Bréfritari: Soffía Daníelsdóttir
Viðtakandi: Jakobína Magnúsdóttir og Daníel Halldórsson
Dagsetning: A-1905-03-19
Skrifað á: Skeggjastöðum  N-Múl.
Soffía var dóttir Jakobínu og Daníels

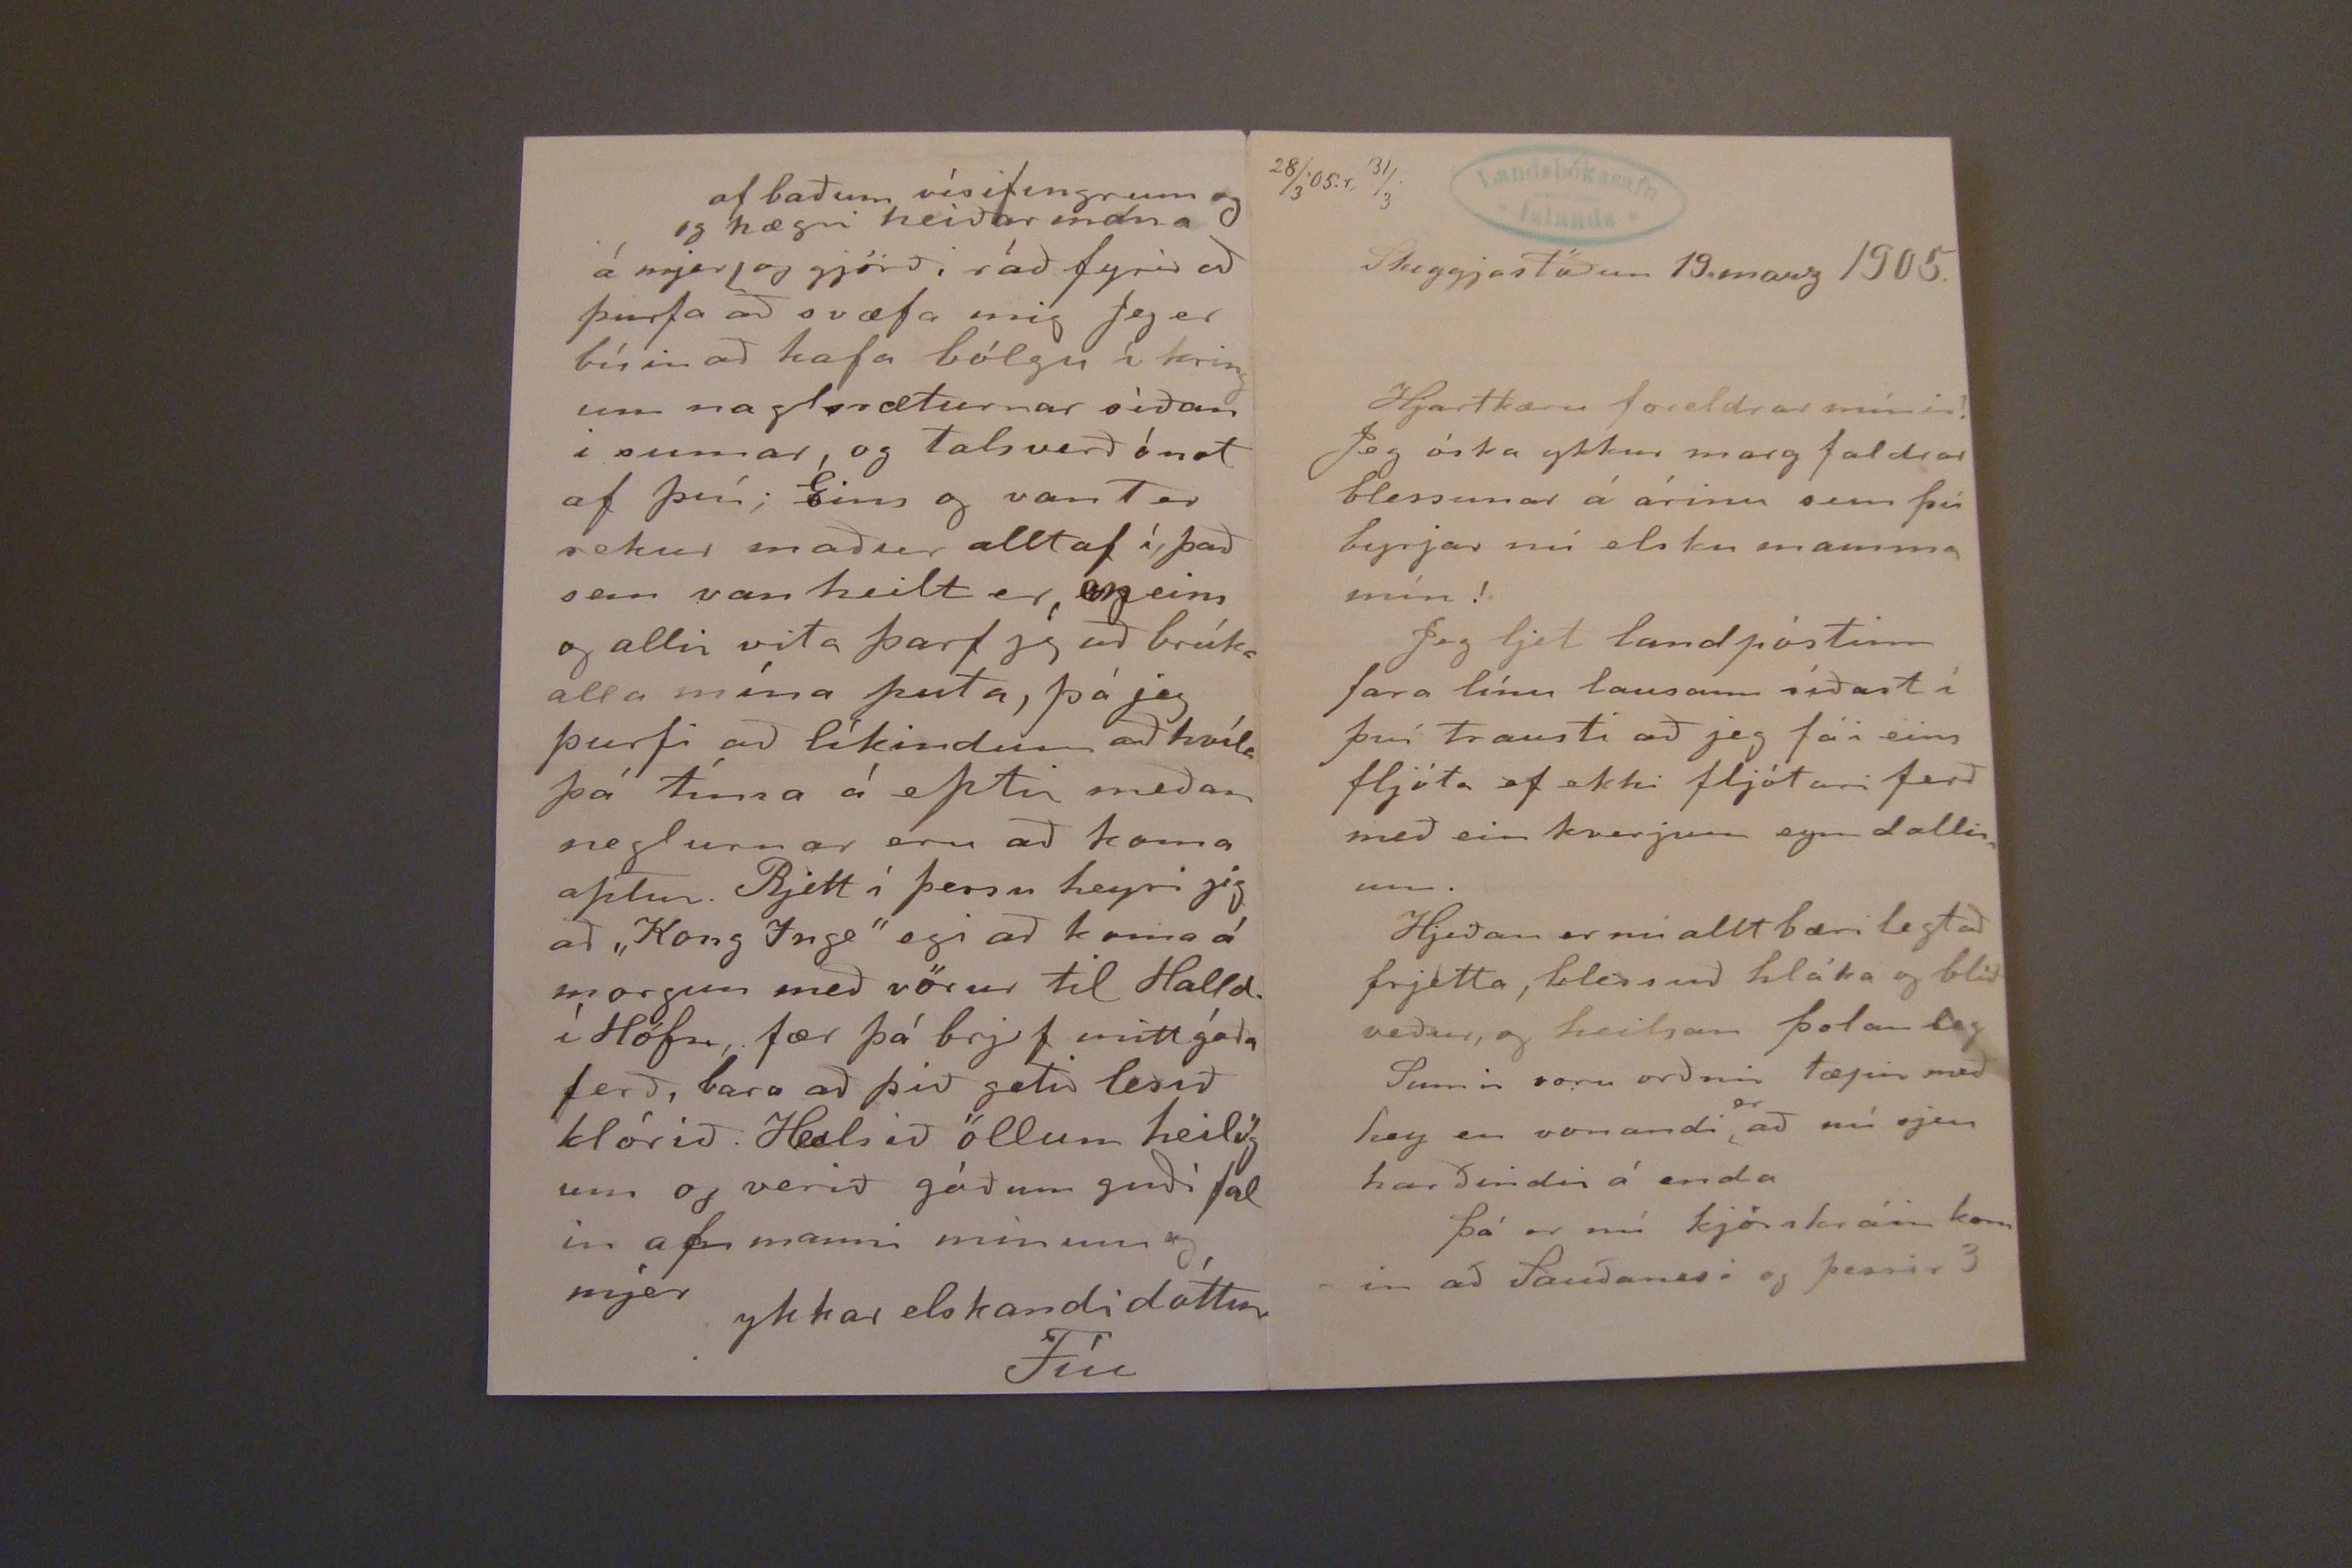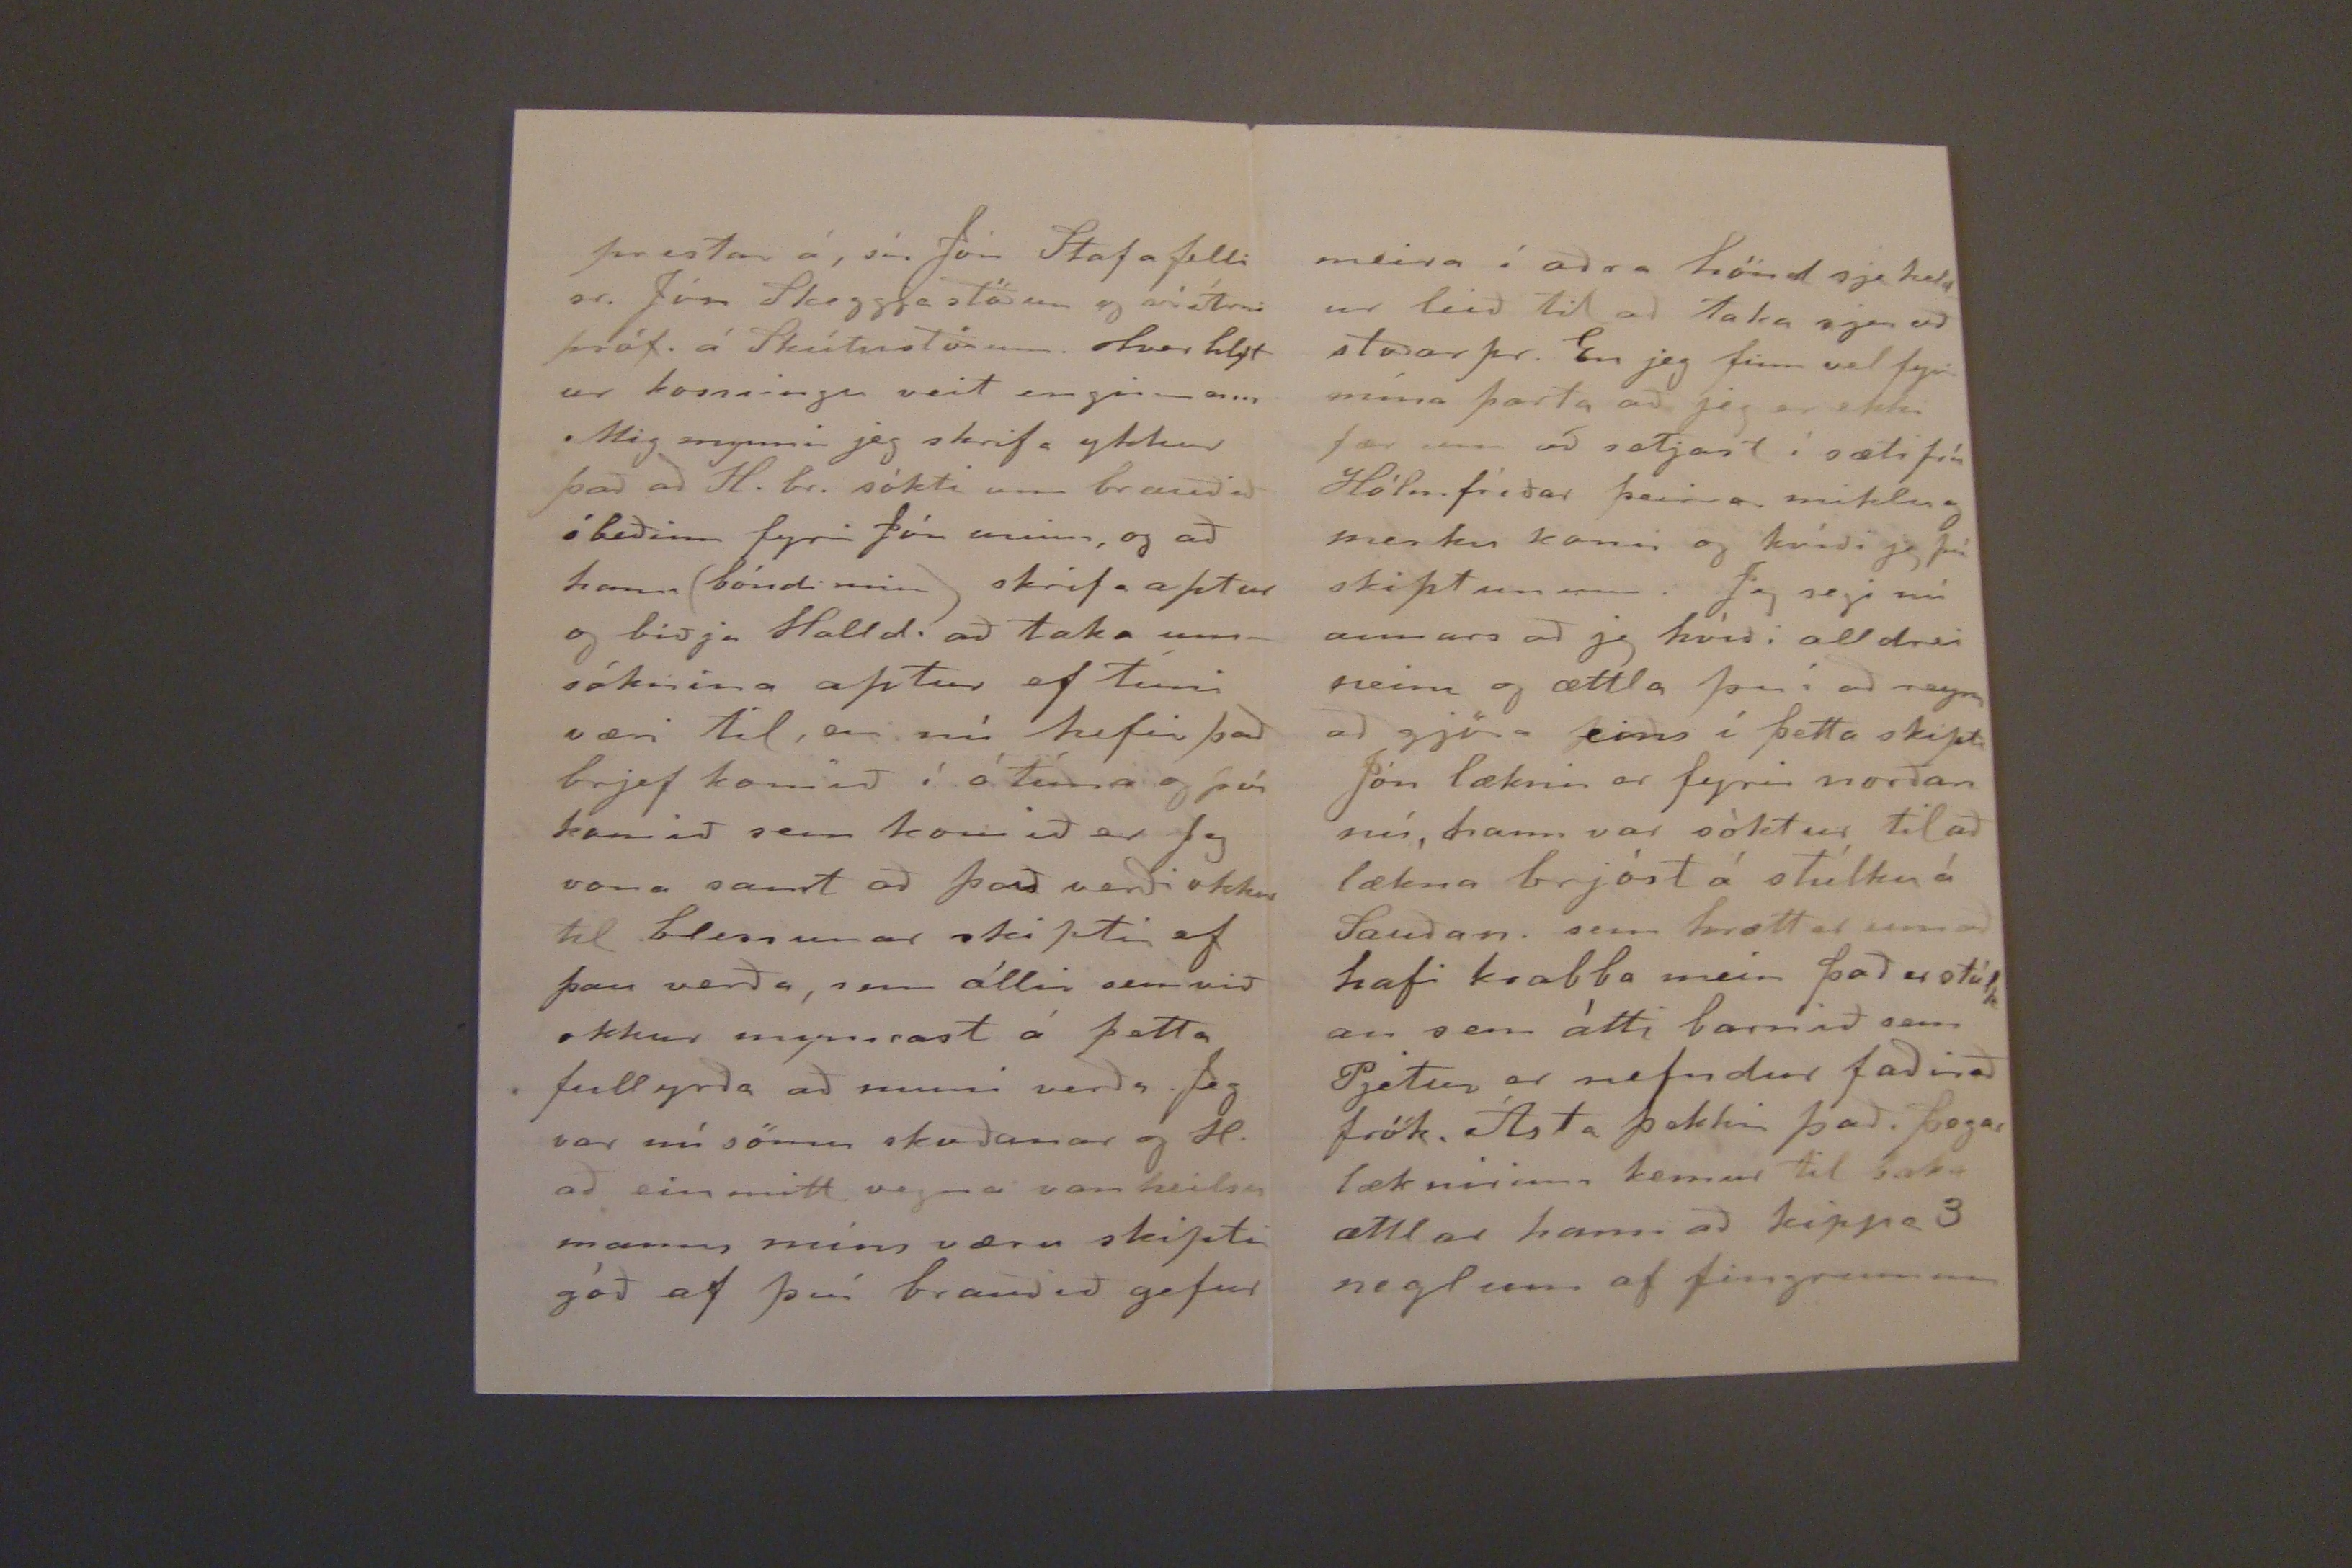

28/3'05.r. 31/3
Skeggjastöðum 19. marz 1905.
Hjartkæru foreldrar mínir!
Jeg óska ykkur marg faldrar blessunar á árinu sem þú byrjar nú elsku mamma mín!
Jeg ljet landpóstinn fara línu lausann síðast í því trausti að jeg fái eins fljóta ef ekki flótari ferð með ein kverjum eym dallinum.
Hjeðan er nú allt bærilegt að frjetta, blessuð hláka og blíð veður, og heilsan þolan leg Sumir voru orðnir tæpir með hey en vonandi
er
að nú sjeu harðindi á enda
þá er nú kjörskárin komin að Sauðanesi og þessir 3
prestar á, sír Jón Stafa felli sr. Jón skeggjastöðum og sír Árni próf. á Skútustöðum. Hver hlýt ur kosningu veit enginn enn Mig mynnir jeg skrifa ykkur það að H. br. sókti um brauðið ó beðinn fyrir Jón minn, og að hann (bóndi minn) skrif aptur og biðja Halld. að taka umsóknina aptur ef tími væri til, en nú hefir það brjef komið í ó tíma og því komið sem komið er Jeg vona samt að það verði okkur til blessunar skipti ef þau verða, sem
állir
sem við okkur mynnast á þetta fyllyrða að muni verða. Jeg var nú sömu skoðanar og H. að einmitt vegna vanheilsu manns mins væru skipti góð af því brauðið gefur
á mjer
af báðum vísifingrum og og hægri
neiðar endna
og gjörði ráð fyrir að þurfa að svæfa mig Jeg er búin að hafa bólgu í kringum nagræturnar síðan i sumar, og talsverð ónot af því; Eins og vant er rekur maður alltaf í, það sem van heilt er,
eg
eins og allir vita þarf jg að brúka alla mína puta, þþá jeg þurfi að líkindum að hvíla þá tíma á eptir meðan neglurnar eru að koma aptur. Rjett í þessu heyri jig að "Kong Inge" egi að koma á morgun með vörur til Halld. í Höfn, fær þá brjef mitt góða ferð, bara að þið getið lesið klórið. Heilsið öllum heilög um og verið góðum guðí fal in af manni mínum og mjer
ykkar elskandi dóttur
Fíu
meira í aðra hönd sje held ur leið til að taka sjer að stoðar pr. En jeg finn vel fyrir mína parta að jeg er ekki fær um að setjast í sæti frú Hólmfríðar þessa miklu og merku konu og kvíði jeg því skiptunum. Jeg segi nú annars að jeg hvíði alldrei neinu og ættla því að reyna að gjöra eins í þetta skipti Jón læknir er fyrir norðan nú, hann var sóktur til að lækna brjóst á stúlku á Sauðan. sem hrætt er um að hafi krabba mein það er stúlk an sem átti barnið sem Pjetur er nefndur faðir að frök. Ásta þekkir það. þegar læknirinn kemur til baka ættlar hann að kippa 3 neglum af fingrunum